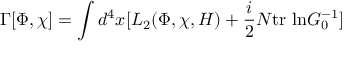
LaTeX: \Gamma [ \Phi , \chi ] = \int d ^ { 4 } x [ L _ { 2 } ( \Phi , \chi , H ) + { \frac { i } { 2 } } N \mathrm { t r ~ l n } G _ { 0 } ^ { - 1 } ]